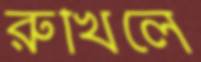
রুখিলে